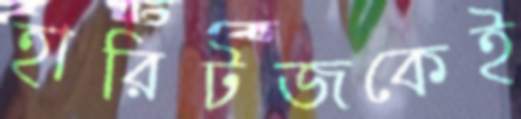
হারিটজকেই